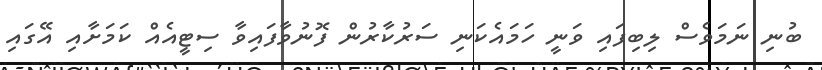
ބުނި ނަމަވެސް ލިބިފައި ވަނީ ހަމައެކަނި ސަރުކާރުން ފޮނުވާފައިވާ ސިޓީއެއް ކަމަށާއި އޭގައި